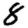
Digit: 8